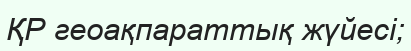
ҚР геоақпараттық жүйесі;